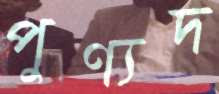
পুণ্যদ